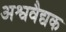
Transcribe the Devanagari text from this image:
अश्ववैद्यक